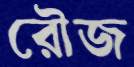
রৌজ